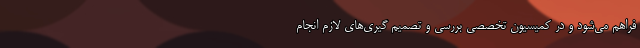
فراهم می‌شود و در کمیسیون تخصصی بررسی و تصمیم گیری‌های لازم انجام